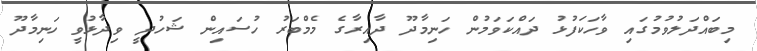
މިބައްދަލުވުމުގައި ވާހަކަފުޅު ދައްކަވަމުން ހަނިމާދޫ ދާއިރާގެ މެމްބަރު ހުސައިން ޝަހުދީ ވިދާޅުވީ ހަނިމާދޫ